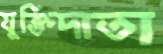
যুক্তিদাতা